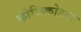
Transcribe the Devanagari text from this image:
कोळिकोडवर